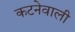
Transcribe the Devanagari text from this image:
कटनेवाली